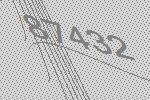
87432